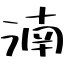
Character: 湳